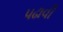
પઢાવી